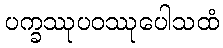
ပက္ခဿုပဝဿုပေါသထံ